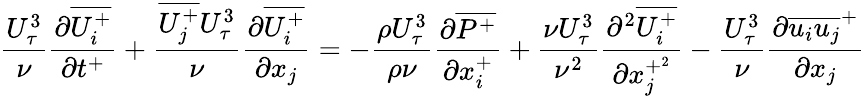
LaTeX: {\frac{U_{\tau}^{3}}{\nu}}{\frac{\partial\overline{{U_{i}^{+}}}}{\partial t^{+}}}+\frac{\overline{{U_{j}^{+}}}U_{\tau}^{3}}{\nu}\frac{\partial\overline{{U_{i}^{+}}}}{\partial x_{j}}=-\frac{\rho U_{\tau}^{3}}{\rho\nu}\frac{\partial\overline{{P^{+}}}}{\partial x_{i}^{+}}+\frac{\nu U_{\tau}^{3}}{\nu^{2}}\frac{\partial^{2}\overline{{U_{i}^{+}}}}{\partial x_{j}^{+^{2}}}-\frac{U_{\tau}^{3}}{\nu}\frac{\partial\overline{{u_{i}u_{j}}}^{+}}{\partial x_{j}}